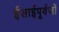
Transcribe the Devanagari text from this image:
ईसाईपूर्वजों